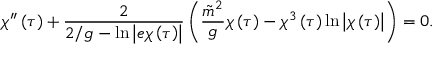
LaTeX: \chi ^ { \prime \prime } \left( \tau \right) + \frac { 2 } { 2 / g - \ln \left| e \chi \left( \tau \right) \right| } \left( \frac { \tilde { m } ^ { 2 } } { g } \chi \left( \tau \right) - \chi ^ { 3 } \left( \tau \right) \ln \left| \chi \left( \tau \right) \right| \right) = 0 .